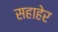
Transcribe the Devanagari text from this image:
सहाहेर